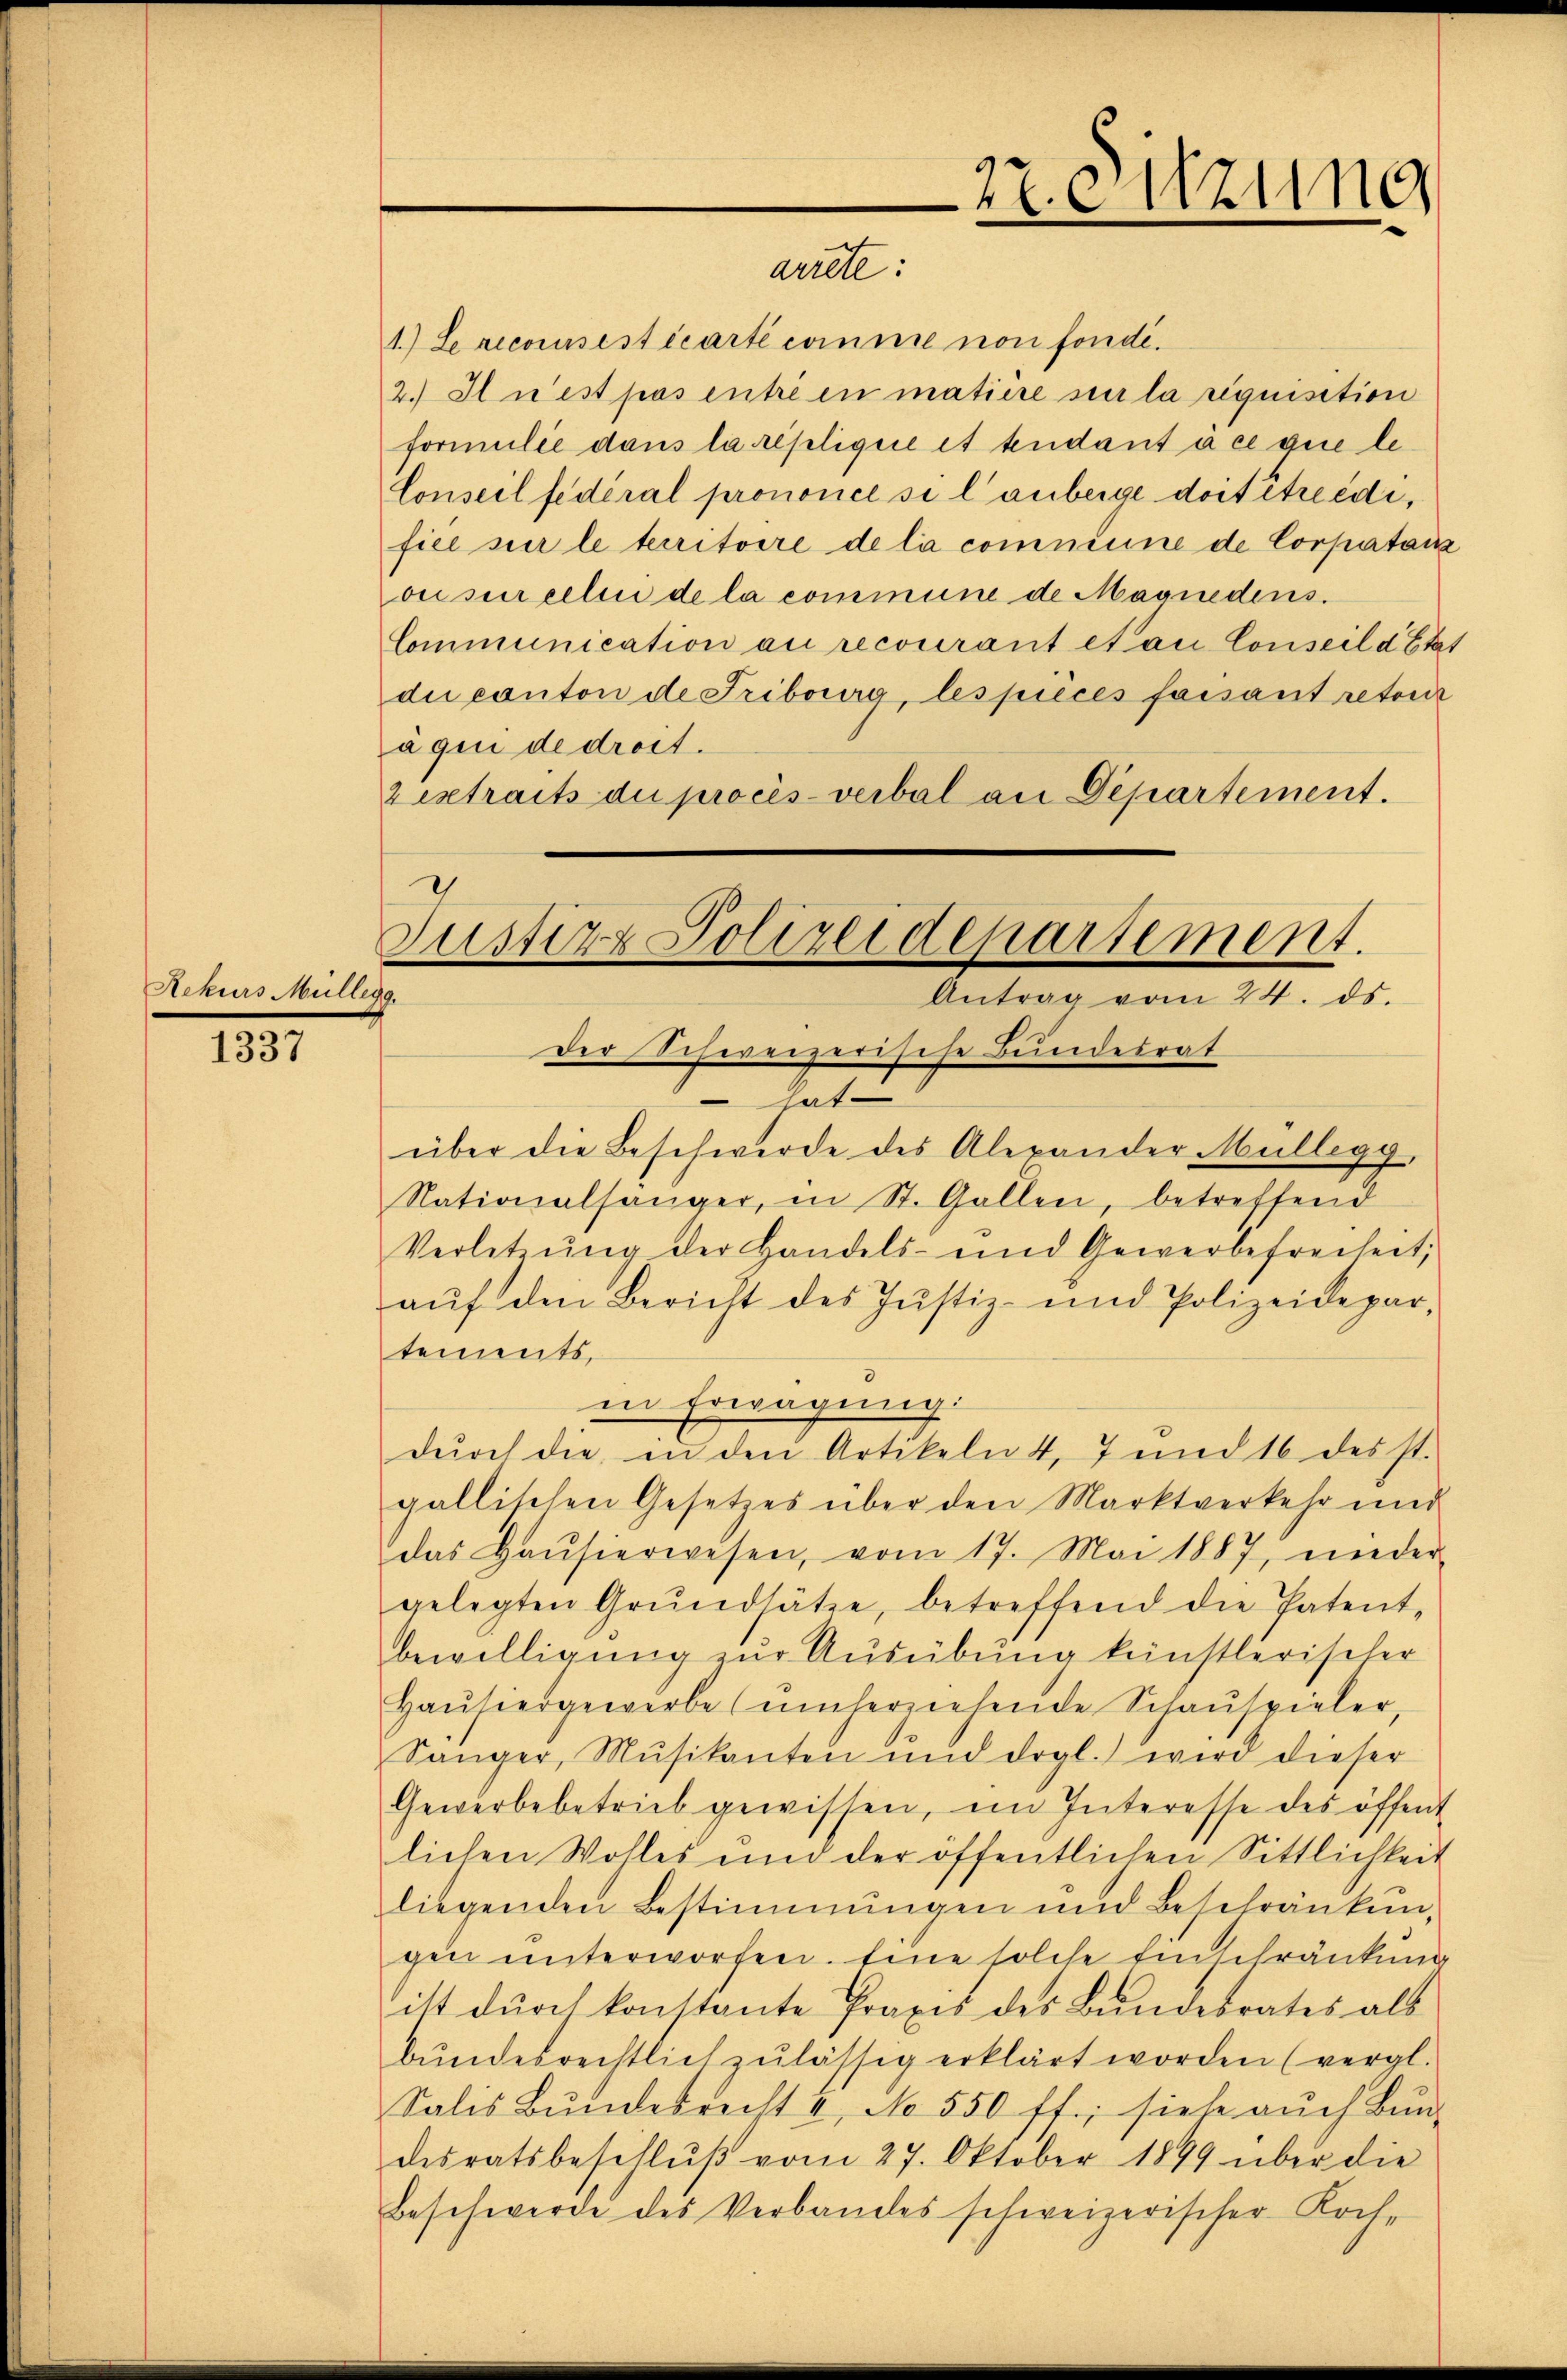
Rekurs Müll

1337

1.) Le reconsisticarte comme non fondé.
2.) In est pas entré en matiere sur la requisition
formulie dans la replique et tendant à ce que le¬
Conseil fédéral prononce si l’anbeige doit étreidifice sur le territoire de la commune de Corpatanz
onsur celen de la commune de Magniedens.
Communication au recourant et au Conseil d’Etat
di canton de Fribourg, les pièces faisant retour
a qui de droit.
z extraits die procès-verbal an Departement.

aude

2
Zustizz Polizeidepartement.
2.
Antrag vom 24. ds.

1

27. eitzung

der Schweizerische Bundesrat
 hat
über die Beschwerde des Alexander Müllegg,
Nationalsänger, in St. Gallen, betreffend
Verletzung der Handels- und Gewerbefreiheit,
aŭf den Bericht des Justiz- und Polizeidepar-
tements,
in Erwägung:
dŭrch die in den Artikeln 4, 7 und 16 desst.
gallischen Gesetzes über den Marktverkehr und
das Haŭsierwesen, vom 17. Mai 1887, nieder
gelegten Grŭndsätze, betreffend die Patent-
bewilligung zur Ausübung keinstlerischer
Haŭsiergewerbe (umherziehende Schauspieler,
Sänger, Musikanten und drgl. wird dieser
Gewerbebetrieb gewissen, ein Interesse des öffent
lichen Wohles und der öffentlichen Sittlichkeit
liegenden Bestimmungen und Beschränkun
gen unterworfen. Eine solche Einbetränkung
ist durch konstante Praxis des Bundesrates als
bŭndesrechtlich zulässig erklärt worden (vergl.
Salis Bŭndesrecht 4, No 550 ff.; siehe aŭch Bŭn-
desratsbeschlŭβ vom 27. Oktober 1899 über die
Beschwerde des Verbandes schweizerischer Koch¬